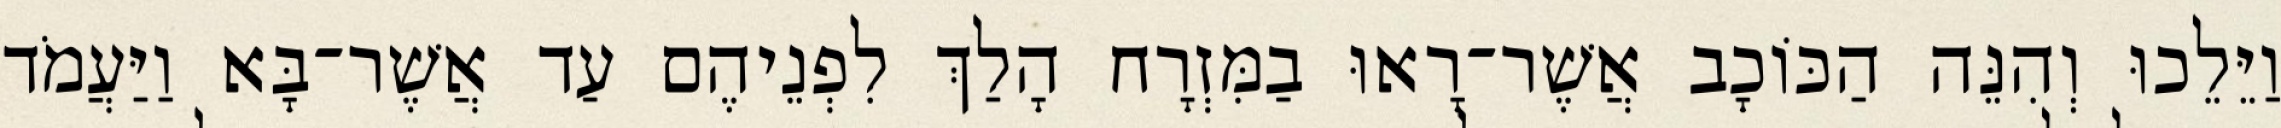
וַיֵּלֵכוּ וְהִנֵּה הַכּוֹכָב אֲשֶׁר־רָאוּ בַמִּזְרָח הָלַךְ לִפְנֵיהֶם עַד אֲשֶׁר־בָּא וַיַּעֲמֹד